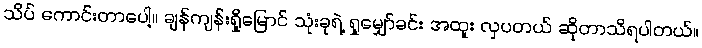
သိပ် ကောင်းတာပေါ့။ ချန်ကျန်းရှိုမြောင် သုံးခုရဲ့ ရှုမျှော်ခင်း အထူး လှပတယ် ဆိုတာသိရပါတယ်။